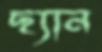
ছ্যান